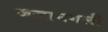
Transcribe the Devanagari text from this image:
जजानगली